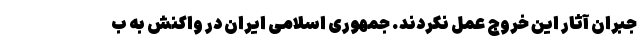
جبران آثار این خروج عمل نکردند. جمهوری اسلامی ایران در واکنش به ب